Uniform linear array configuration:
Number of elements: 32
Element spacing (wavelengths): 0.5
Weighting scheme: exponential
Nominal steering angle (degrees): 15
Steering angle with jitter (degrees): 15.358
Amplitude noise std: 0.05
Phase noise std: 0.05

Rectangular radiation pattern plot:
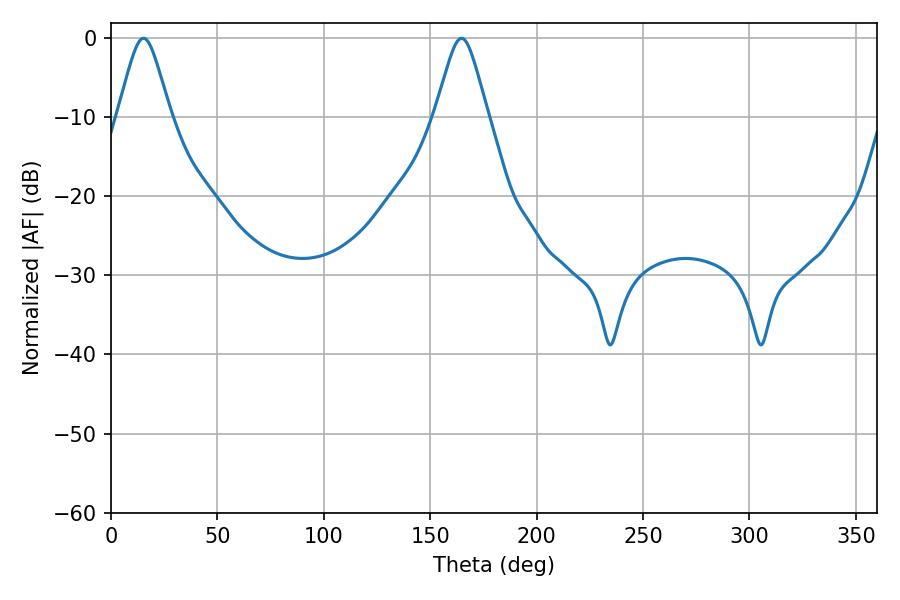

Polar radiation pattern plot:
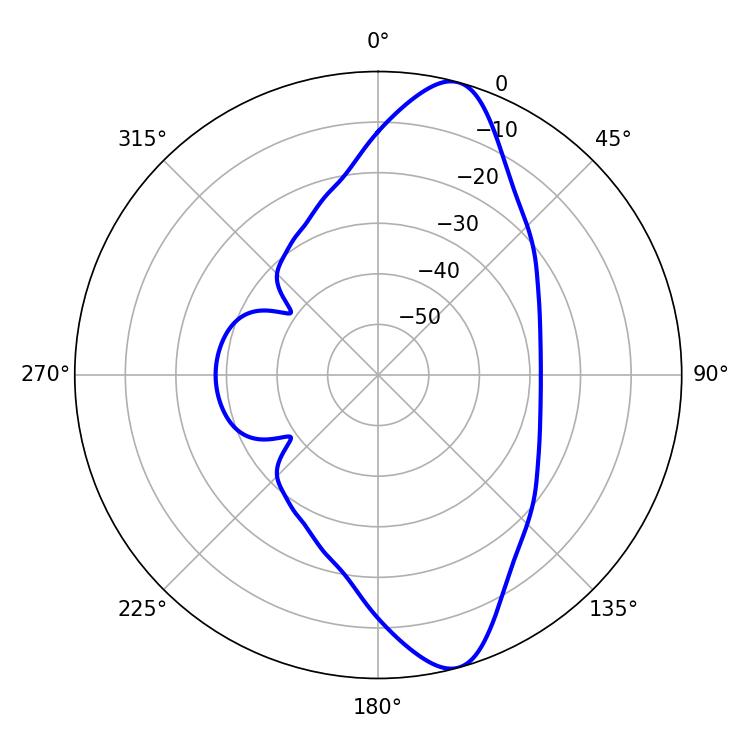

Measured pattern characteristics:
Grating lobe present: FALSE
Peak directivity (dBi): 11.569
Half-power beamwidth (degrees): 11.88
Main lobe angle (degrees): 15.3